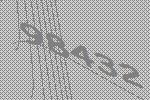
98432